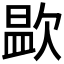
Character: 𭭑